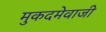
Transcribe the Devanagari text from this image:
मुकदमेवाजी